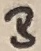
Text: B